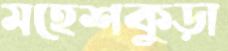
মহেশকুড়া